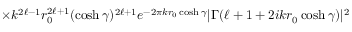
\times k ^ { 2 \ell - 1 } r _ { 0 } ^ { 2 \ell + 1 } ( \cosh \gamma ) ^ { 2 \ell + 1 } e ^ { - 2 \pi k r _ { 0 } \cosh \gamma } | \Gamma ( \ell + 1 + 2 i k r _ { 0 } \cosh \gamma ) | ^ { 2 }